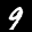
Label: 9